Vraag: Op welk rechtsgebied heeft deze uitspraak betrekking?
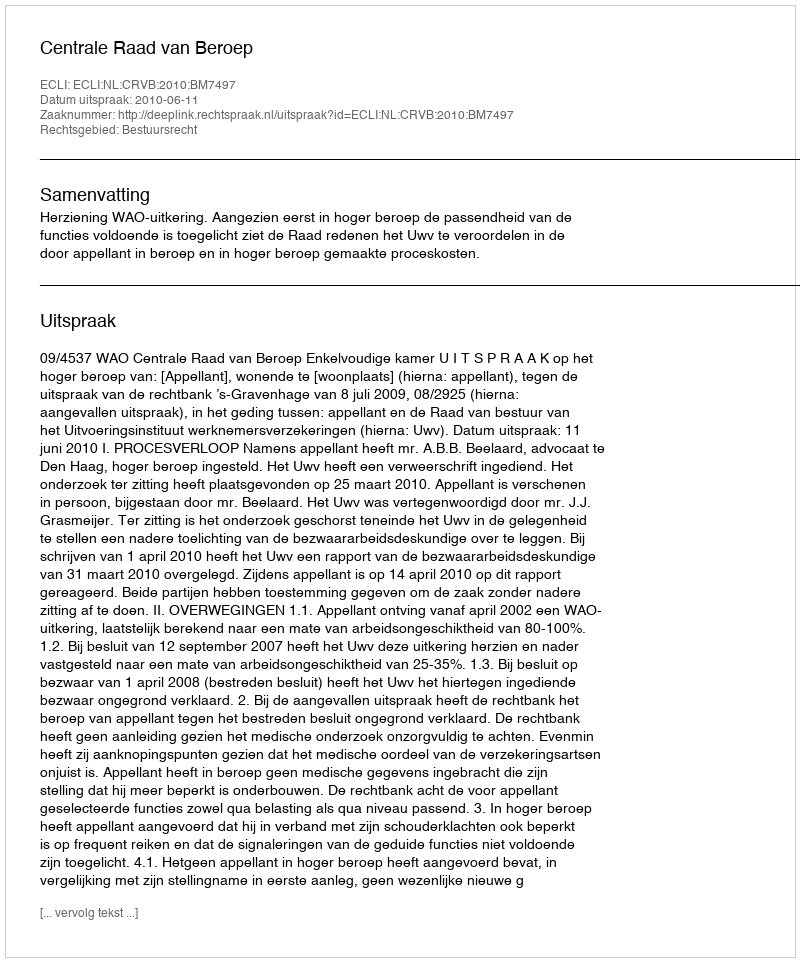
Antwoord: Bestuursrecht